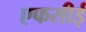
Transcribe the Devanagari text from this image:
एफसीई